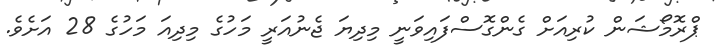
ޕްރޮމޯޝަން ކުރިއަށް ގެންގޮސްފައިވަނީ މިދިޔަ ޖެނުއަރީ މަހުގެ މިދިއަ މަހުގެ 28 އަށެވެ.